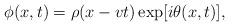
\begin{align*}\phi(x,t)=\rho(x-v t)\exp[i\theta(x,t)],\end{align*}